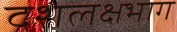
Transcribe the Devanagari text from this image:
दशलक्षभाग